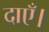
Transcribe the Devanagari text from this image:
दाएँ।